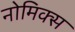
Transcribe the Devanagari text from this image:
नोमिक्स